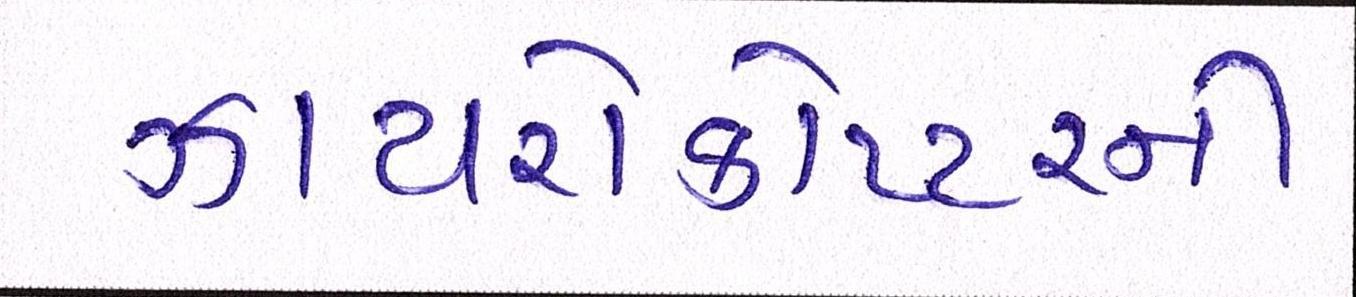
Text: ઝાયરોકોપ્ટરની